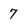
Character: 7